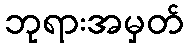
ဘုရားအမှတ်